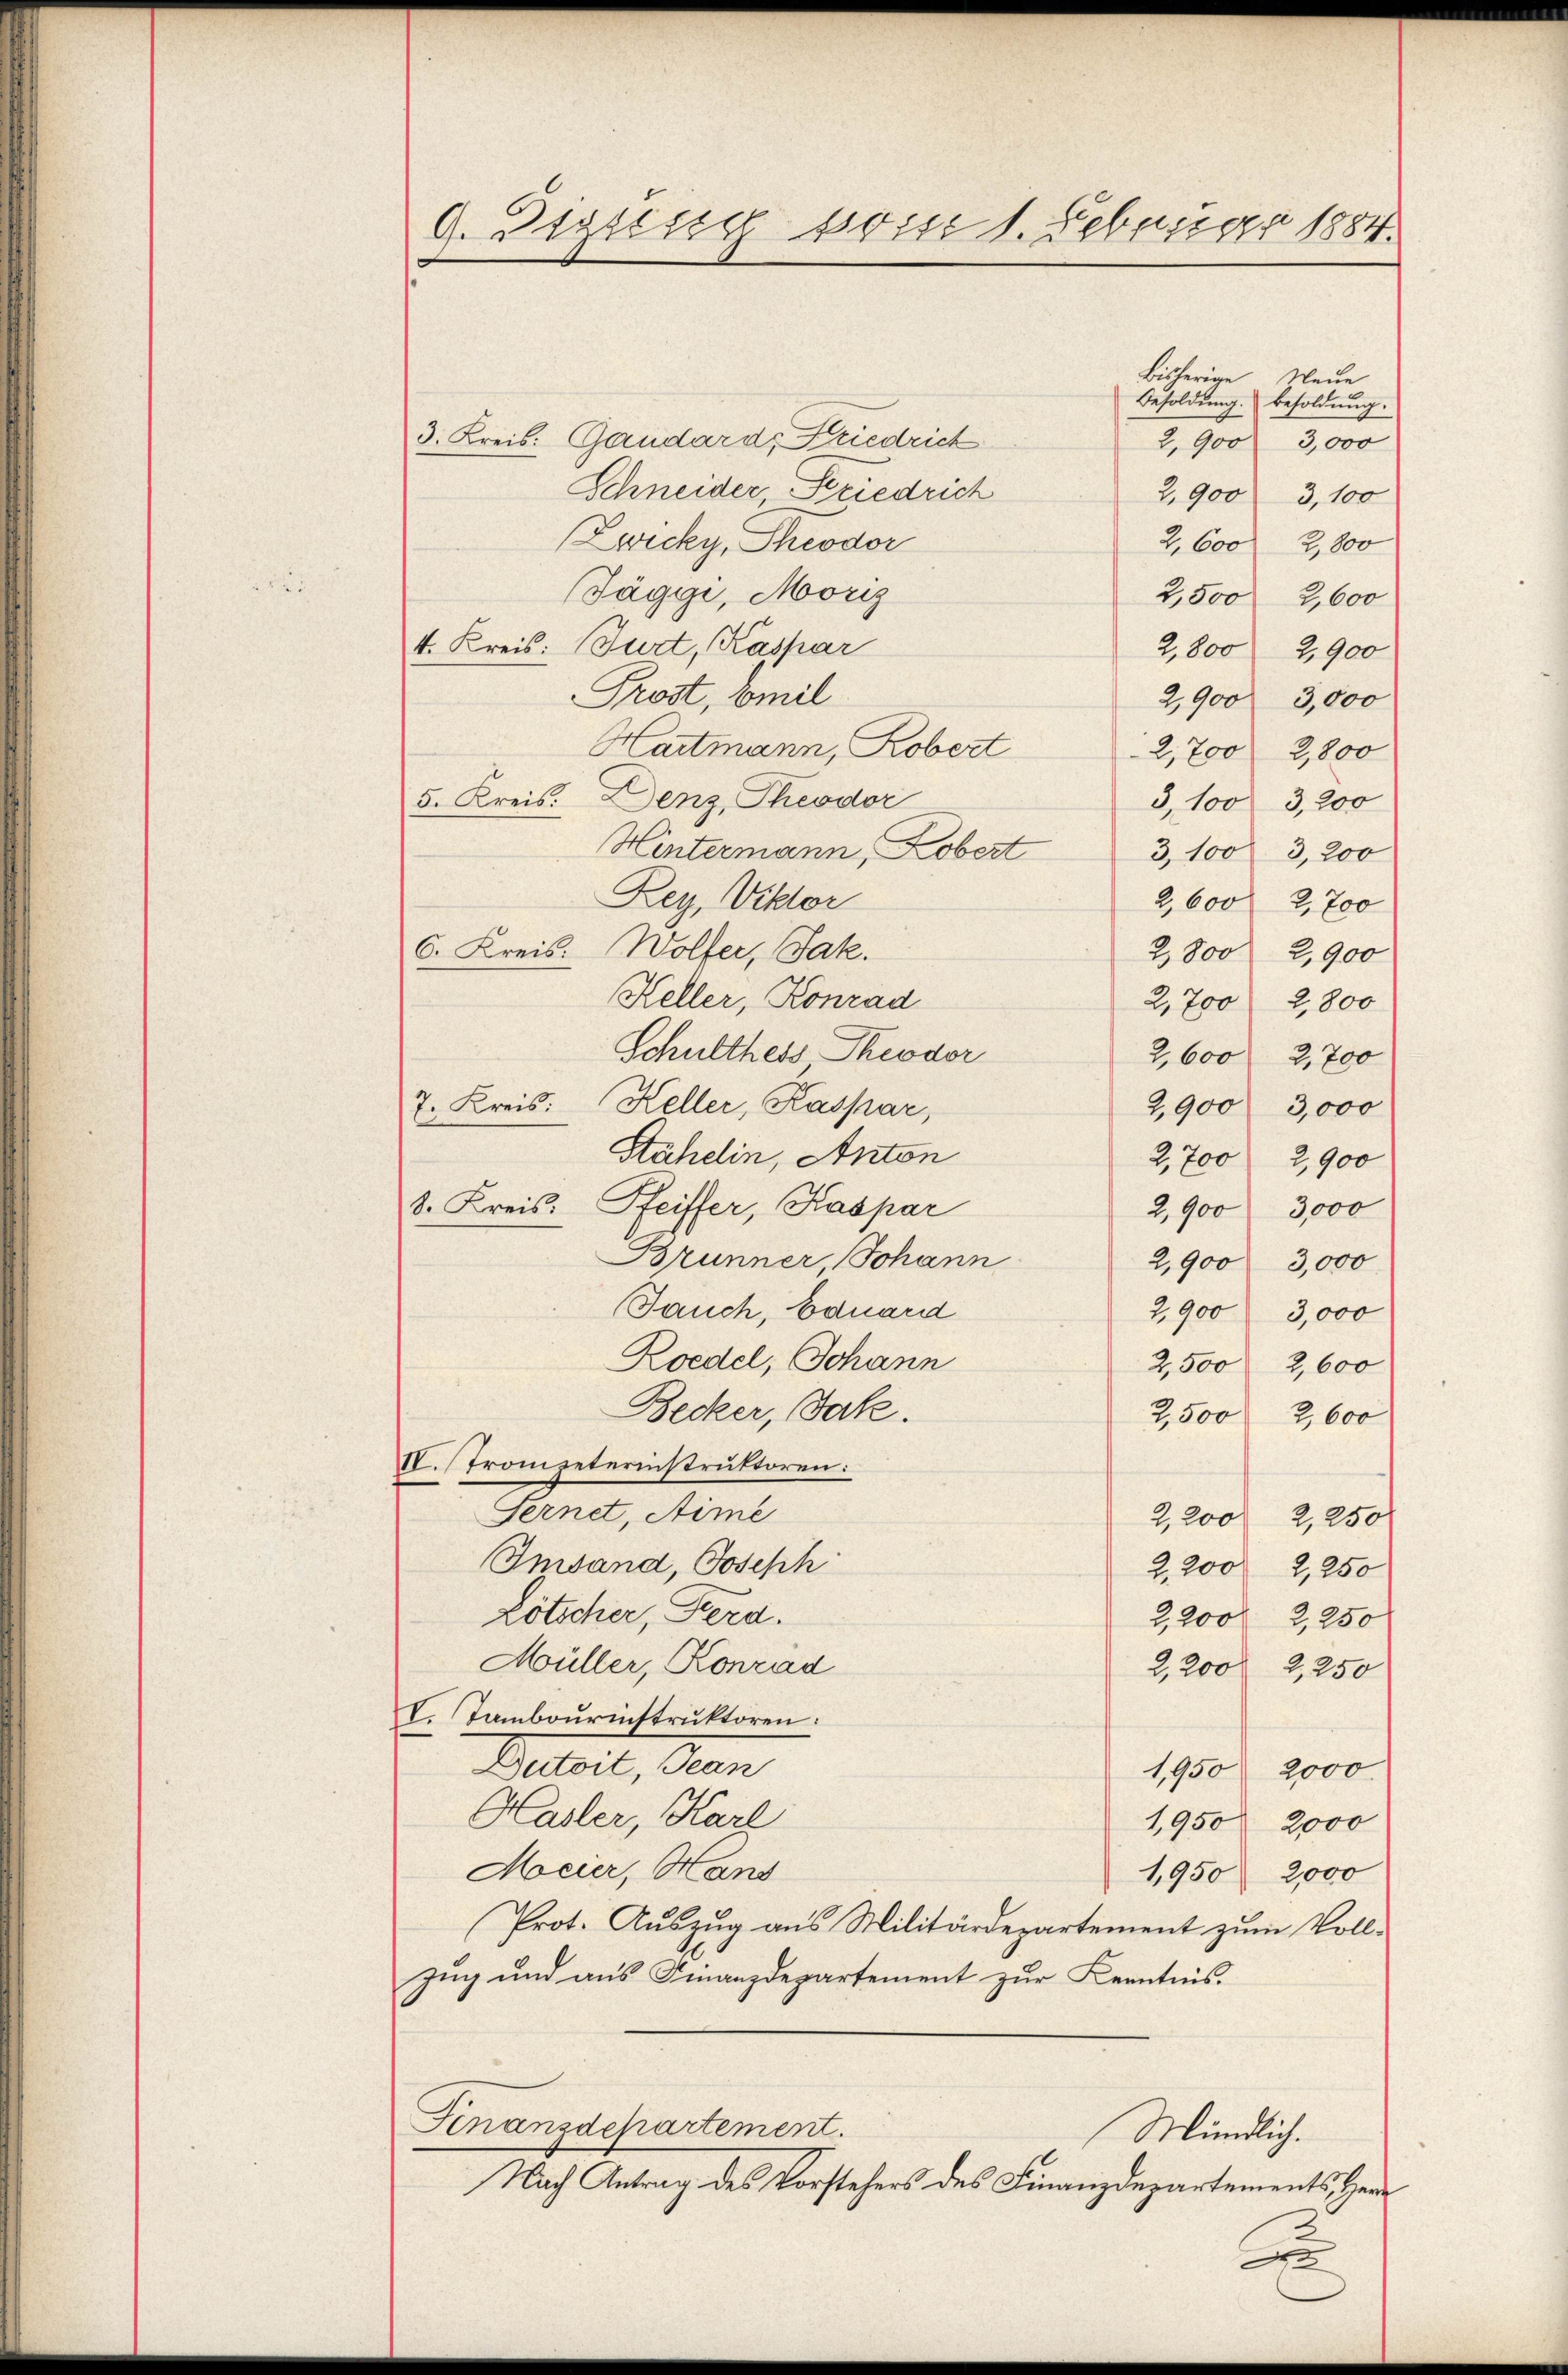
9. Digisig vom 1. Februar 1884.

Bisherige
Neue
Besoldŭng. Besoldung.
3. Kreis: Gaudard, Friedrich
2,900 3,000
Schneider, Seriedrich
2,900
3,100
Zwicky, Theodor
2,600 2,800
i
Jäggi, Moriz
2,500 2,600
4. Kreis: Burt, Kaspar
2,800 2,900
Prost, beil
2,900 3,000
Hartmann, Robert
2,700 2,800
5. Kreis: Denz, Theodor
3,100 3,200
Hintermann, Kobert 3, 100 3,200
Rey, Viktor
2,600 2,700
6. Kreis: Wolfer, Jak.
2,800 2,900
Keller, Konrad
2,700 2,800
Schultheis Theodor
2,600 2,700
7. Kreis: Keller, Kaspar,
2,900 3,000
Stähelin, Anton
2,700 2,900
8. Kreis: Pfeiffer, Kaspar
2,900 3,000
Brunner, Johann
2,900 3,000
Jauch, Eduard
2,900 3,000
Zoedel, Johann
2,500 2,600
Becker, Jak.
2,500 2,600
IV. Trompeterinstruktoren:
Fernet, Sime
2,200 2,250
Imsand, Joseph
2,200 2,250
Lötscher, Ferd.
2,200 f 2,250
Müller, Konrad
2,2000 2,250
V. Tambourinstruktoren.
Dutoit, Jean
1,950 2000.
Hasler, Karl
1,950
2000
Meier, Hans
1,950 2,000
Prot. Auszug aus Militärdepartement zum Vollzug und aus Finanzdepartement zur Kenntnis.
Finanzdepartement.
Mündlich.
Nach Antrag des Vorstehers des Finanzdepartements, Herr